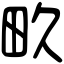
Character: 畂